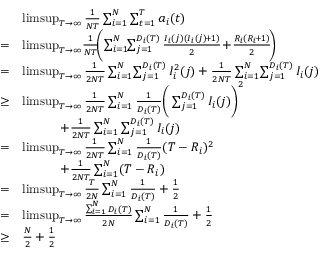
\begin{array} { r l } & { \operatorname* { l i m s u p } _ { T \rightarrow \infty } \frac { 1 } { N T } \sum _ { i = 1 } ^ { N } \sum _ { t = 1 } ^ { T } a _ { i } ( t ) } \\ { = } & { \operatorname* { l i m s u p } _ { T \rightarrow \infty } \! \frac { 1 } { N T } \! \bigg ( \! \sum _ { i = 1 } ^ { N } \! \! \sum _ { j = 1 } ^ { D _ { i } ( T ) } \frac { I _ { i } ( j ) ( I _ { i } ( j ) \! + \! 1 ) } { 2 } \! + \! \frac { R _ { i } ( R _ { i } \! + \! 1 ) } { 2 } \! \bigg ) \! } \\ { = } & { \operatorname* { l i m s u p } _ { T \rightarrow \infty } \frac { 1 } { 2 N T } \sum _ { i = 1 } ^ { N } \! \sum _ { j = 1 } ^ { D _ { i } ( T ) } { I _ { i } ^ { 2 } ( j ) } + \frac { 1 } { 2 N T } \sum _ { i = 1 } ^ { N } \! \sum _ { j = 1 } ^ { D _ { i } ( T ) } { I _ { i } ( j ) } } \\ { \geq } & { \operatorname* { l i m s u p } _ { T \rightarrow \infty } \frac { 1 } { 2 N T } \sum _ { i = 1 } ^ { N } \frac { 1 } { D _ { i } ( T ) } \bigg ( \sum _ { j = 1 } ^ { D _ { i } ( T ) } I _ { i } ( j ) \bigg ) ^ { 2 } } \\ & { \qquad \quad + \frac { 1 } { 2 N T } \sum _ { i = 1 } ^ { N } \sum _ { j = 1 } ^ { D _ { i } ( T ) } { I _ { i } ( j ) } } \\ { = } & { \operatorname* { l i m s u p } _ { T \rightarrow \infty } \frac { 1 } { 2 N T } \sum _ { i = 1 } ^ { N } \frac { 1 } { D _ { i } ( T ) } ( T - R _ { i } ) ^ { 2 } } \\ & { \qquad \quad + \frac { 1 } { 2 N T } \sum _ { i = 1 } ^ { N } ( T - R _ { i } ) } \\ { = } & { \operatorname* { l i m s u p } _ { T \rightarrow \infty } \frac { T } { 2 N } \sum _ { i = 1 } ^ { N } \frac { 1 } { D _ { i } ( T ) } + \frac { 1 } { 2 } } \\ { = } & { \operatorname* { l i m s u p } _ { T \rightarrow \infty } \frac { \sum _ { i = 1 } ^ { N } D _ { i } ( T ) } { 2 N } \sum _ { i = 1 } ^ { N } \frac { 1 } { D _ { i } ( T ) } + \frac { 1 } { 2 } } \\ { \geq } & { \frac { N } { 2 } + \frac { 1 } { 2 } } \end{array}